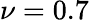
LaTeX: \nu=0.7